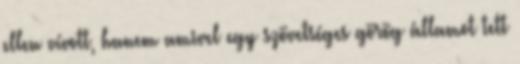
ellen vívott, hanem amivel egy szövetséges görög államot tett